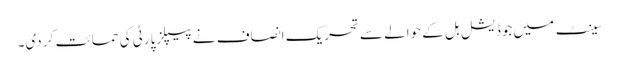
سینٹ میں جوڈیشل بل کے حوالے سے تحریک انصاف نے پیپلزپارٹی کی حمائت کر دی۔